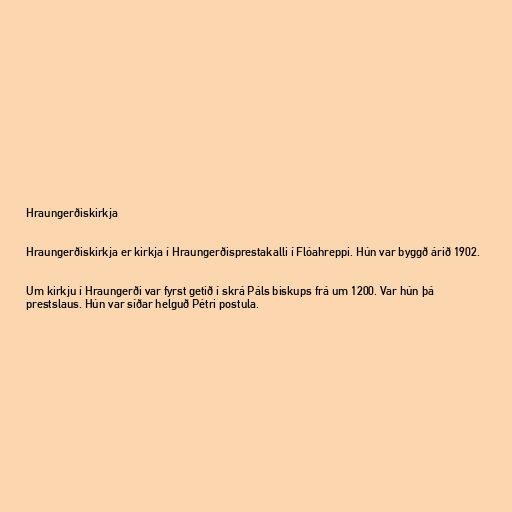
Hraungerðiskirkja

Hraungerðiskirkja er kirkja í Hraungerðisprestakalli í Flóahreppi. Hún var byggð árið 1902.

Um kirkju í Hraungerði var fyrst getið í skrá Páls biskups frá um 1200. Var hún þá
prestslaus. Hún var síðar helguð Pétri postula.